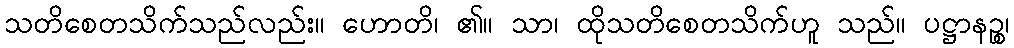
သတိစေတသိက်သည်လည်း။ ဟောတိ၊ ၏။ သာ၊ ထိုသတိစေတသိက်ဟူ သည်။ ပဋ္ဌာနဉ္စ၊